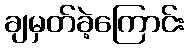
ချမှတ်ခဲ့ကြောင်း